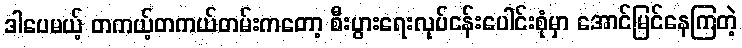
ဒါပေမယ့် တကယ့်တကယ်တမ်းကတော့ စီးပွားရေးလုပ်ငန်းပေါင်းစုံမှာ အောင်မြင်နေကြတဲ့